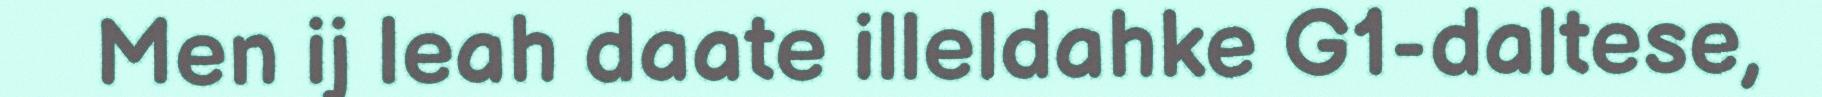
Men ij leah daate illeldahke G1-daltese,